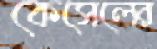
কেসেলের